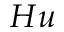
H u